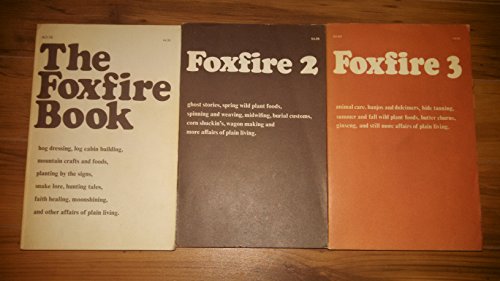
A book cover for The Foxfire Book, Foxfire 2 / Foxfire 3 (3 Volumes Set); Eliot Wigginton; Politics & Social Sciences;